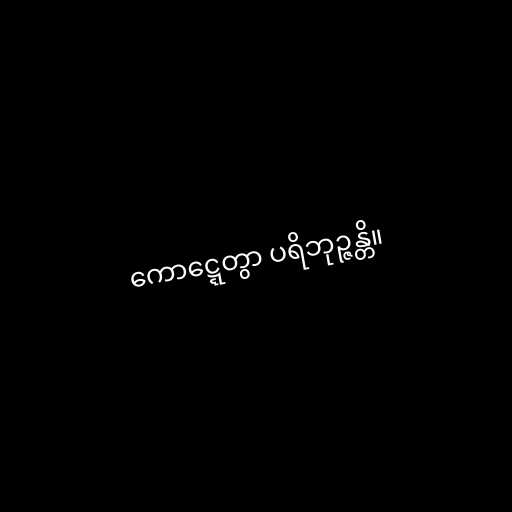
ကောဋ္ဋေတွာ ပရိဘုဉ္ဇန္တိ။